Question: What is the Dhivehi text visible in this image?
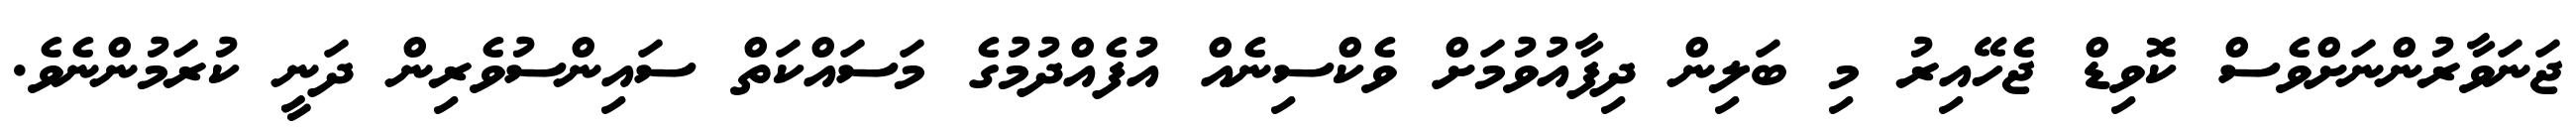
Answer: ޖަނަވާރުންނަށްވެސް ކޮވިޑް ޖެހޭއިރު މި ބަލިން ދިފާއުވުމަށް ވެކްސިނެއް އުފެއްދުމުގެ މަސައްކަތް ސައިންސުވެރިން ދަނީ ކުރަމުންނެވެ.